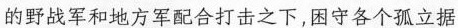
的野战军和地方军配合打击之下，困守各个孤立据